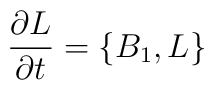
{\partial L\over \partial t} = \{ B_1 , L \}